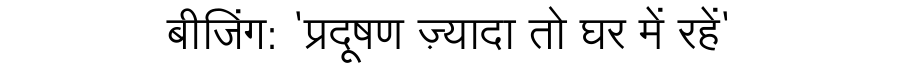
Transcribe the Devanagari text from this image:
बीजिंग: 'प्रदूषण ज़्यादा तो घर में रहें'